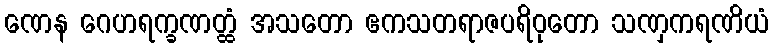
ဏေန ဂေဟရက္ခဏတ္ထံ အသတော ဧကသတရာဇပရိဝုတော သဏှကရဏိယံ